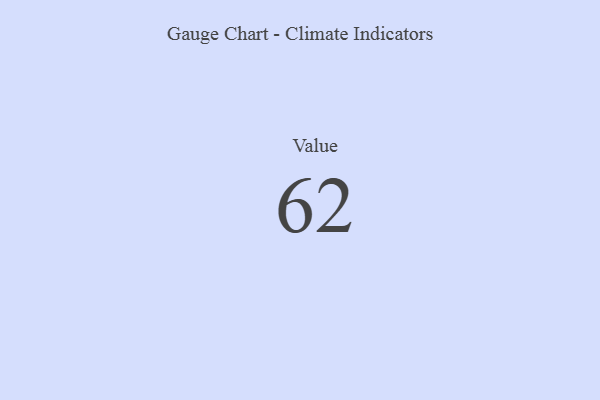
{"axis": {"x": "Metric", "y": "Value"}, "legend": [""], "data": [{"x": "Value", "y": 62, "type": ""}]}